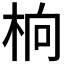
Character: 𬂭